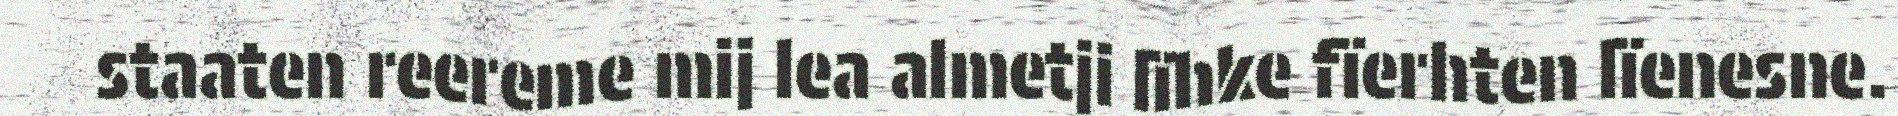
staaten reereme mij lea almetji lïhke fïerhten lïenesne.